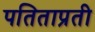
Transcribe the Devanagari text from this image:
पतिताप्रती